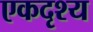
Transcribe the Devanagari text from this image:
एकदृश्य